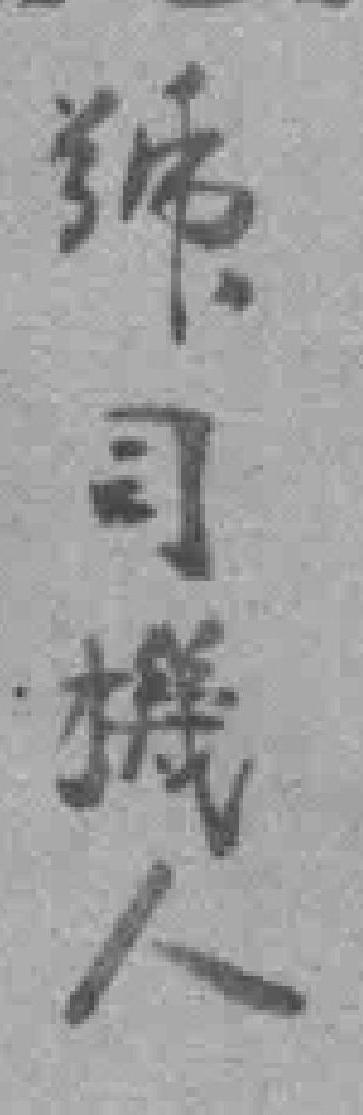
號司機人